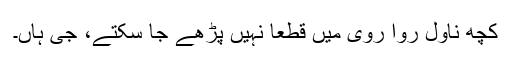
کچھ ناول روا روی میں قطعاً نہیں پڑھے جا سکتے، جی ہاں۔